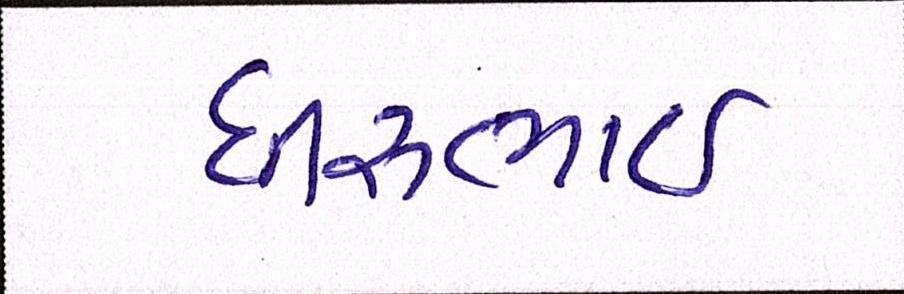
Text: ધીરુભાઇ